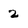
Character: 2